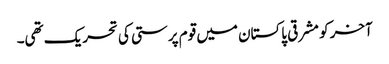
آخر کو مشرقی پاکستان میں قوم پرستی کی تحریک تھی۔